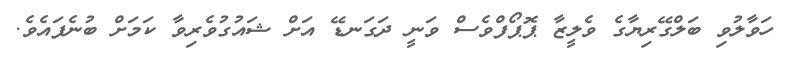
ހަވާލުވި ބަލްގޭރިޔާގެ ވެލީޒާ ޕޮޕޯފްވެސް ވަނީ ދަގަނޑޭ އަށް ޝައުގުވެރިވާ ކަމަށް ބުނެފައެވެ.